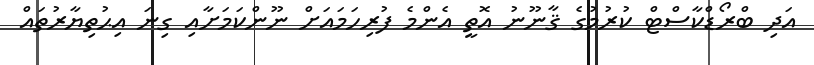
އަދި ބްރޯޑްކާސްޓް ކުރުމުގެ ޤާނޫނު އޮތީ އެންމެ ފުރިހަމައަށް ނޫންކަމަށާއި ގިނަ އިޙުތިޔާރުތައް